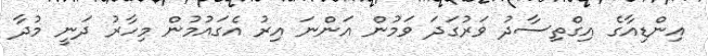
އިންޑިއާގެ އިގްތިސާދު ވަރުގަދަ ވަމުން އަންނަ އިރު އެގައުމުން މިހާރު ދަނީ މުދާ